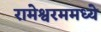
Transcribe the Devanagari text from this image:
रामेश्वरममध्ये